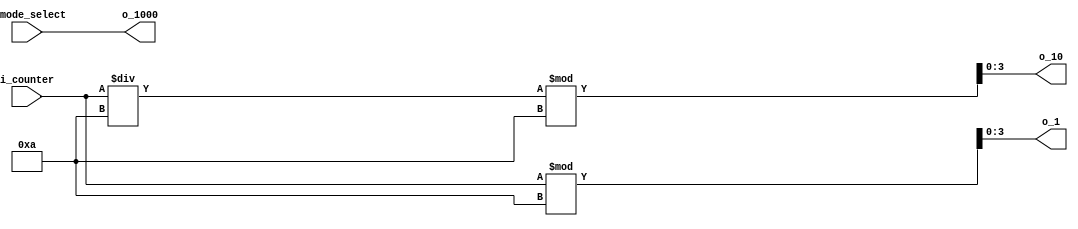
`timescale 1ns / 1ps

module Digit_divider(
    input [4:0] i_counter, 
    input [1:0] i_mode_select,
    output [1:0] o_1000, 
    output [3:0] o_10, o_1
    );

    assign o_1000 = i_mode_select;
    assign o_10 = i_counter / 10 % 10;
    assign o_1 = i_counter % 10;
endmodule